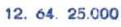
12. 64. 25.000